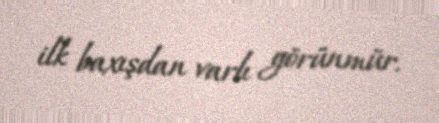
ilk baxışdan varlı görünmür.